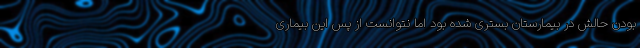
بودن حالش در بیمارستان بستری شده بود اما نتوانست از پس این بیماری